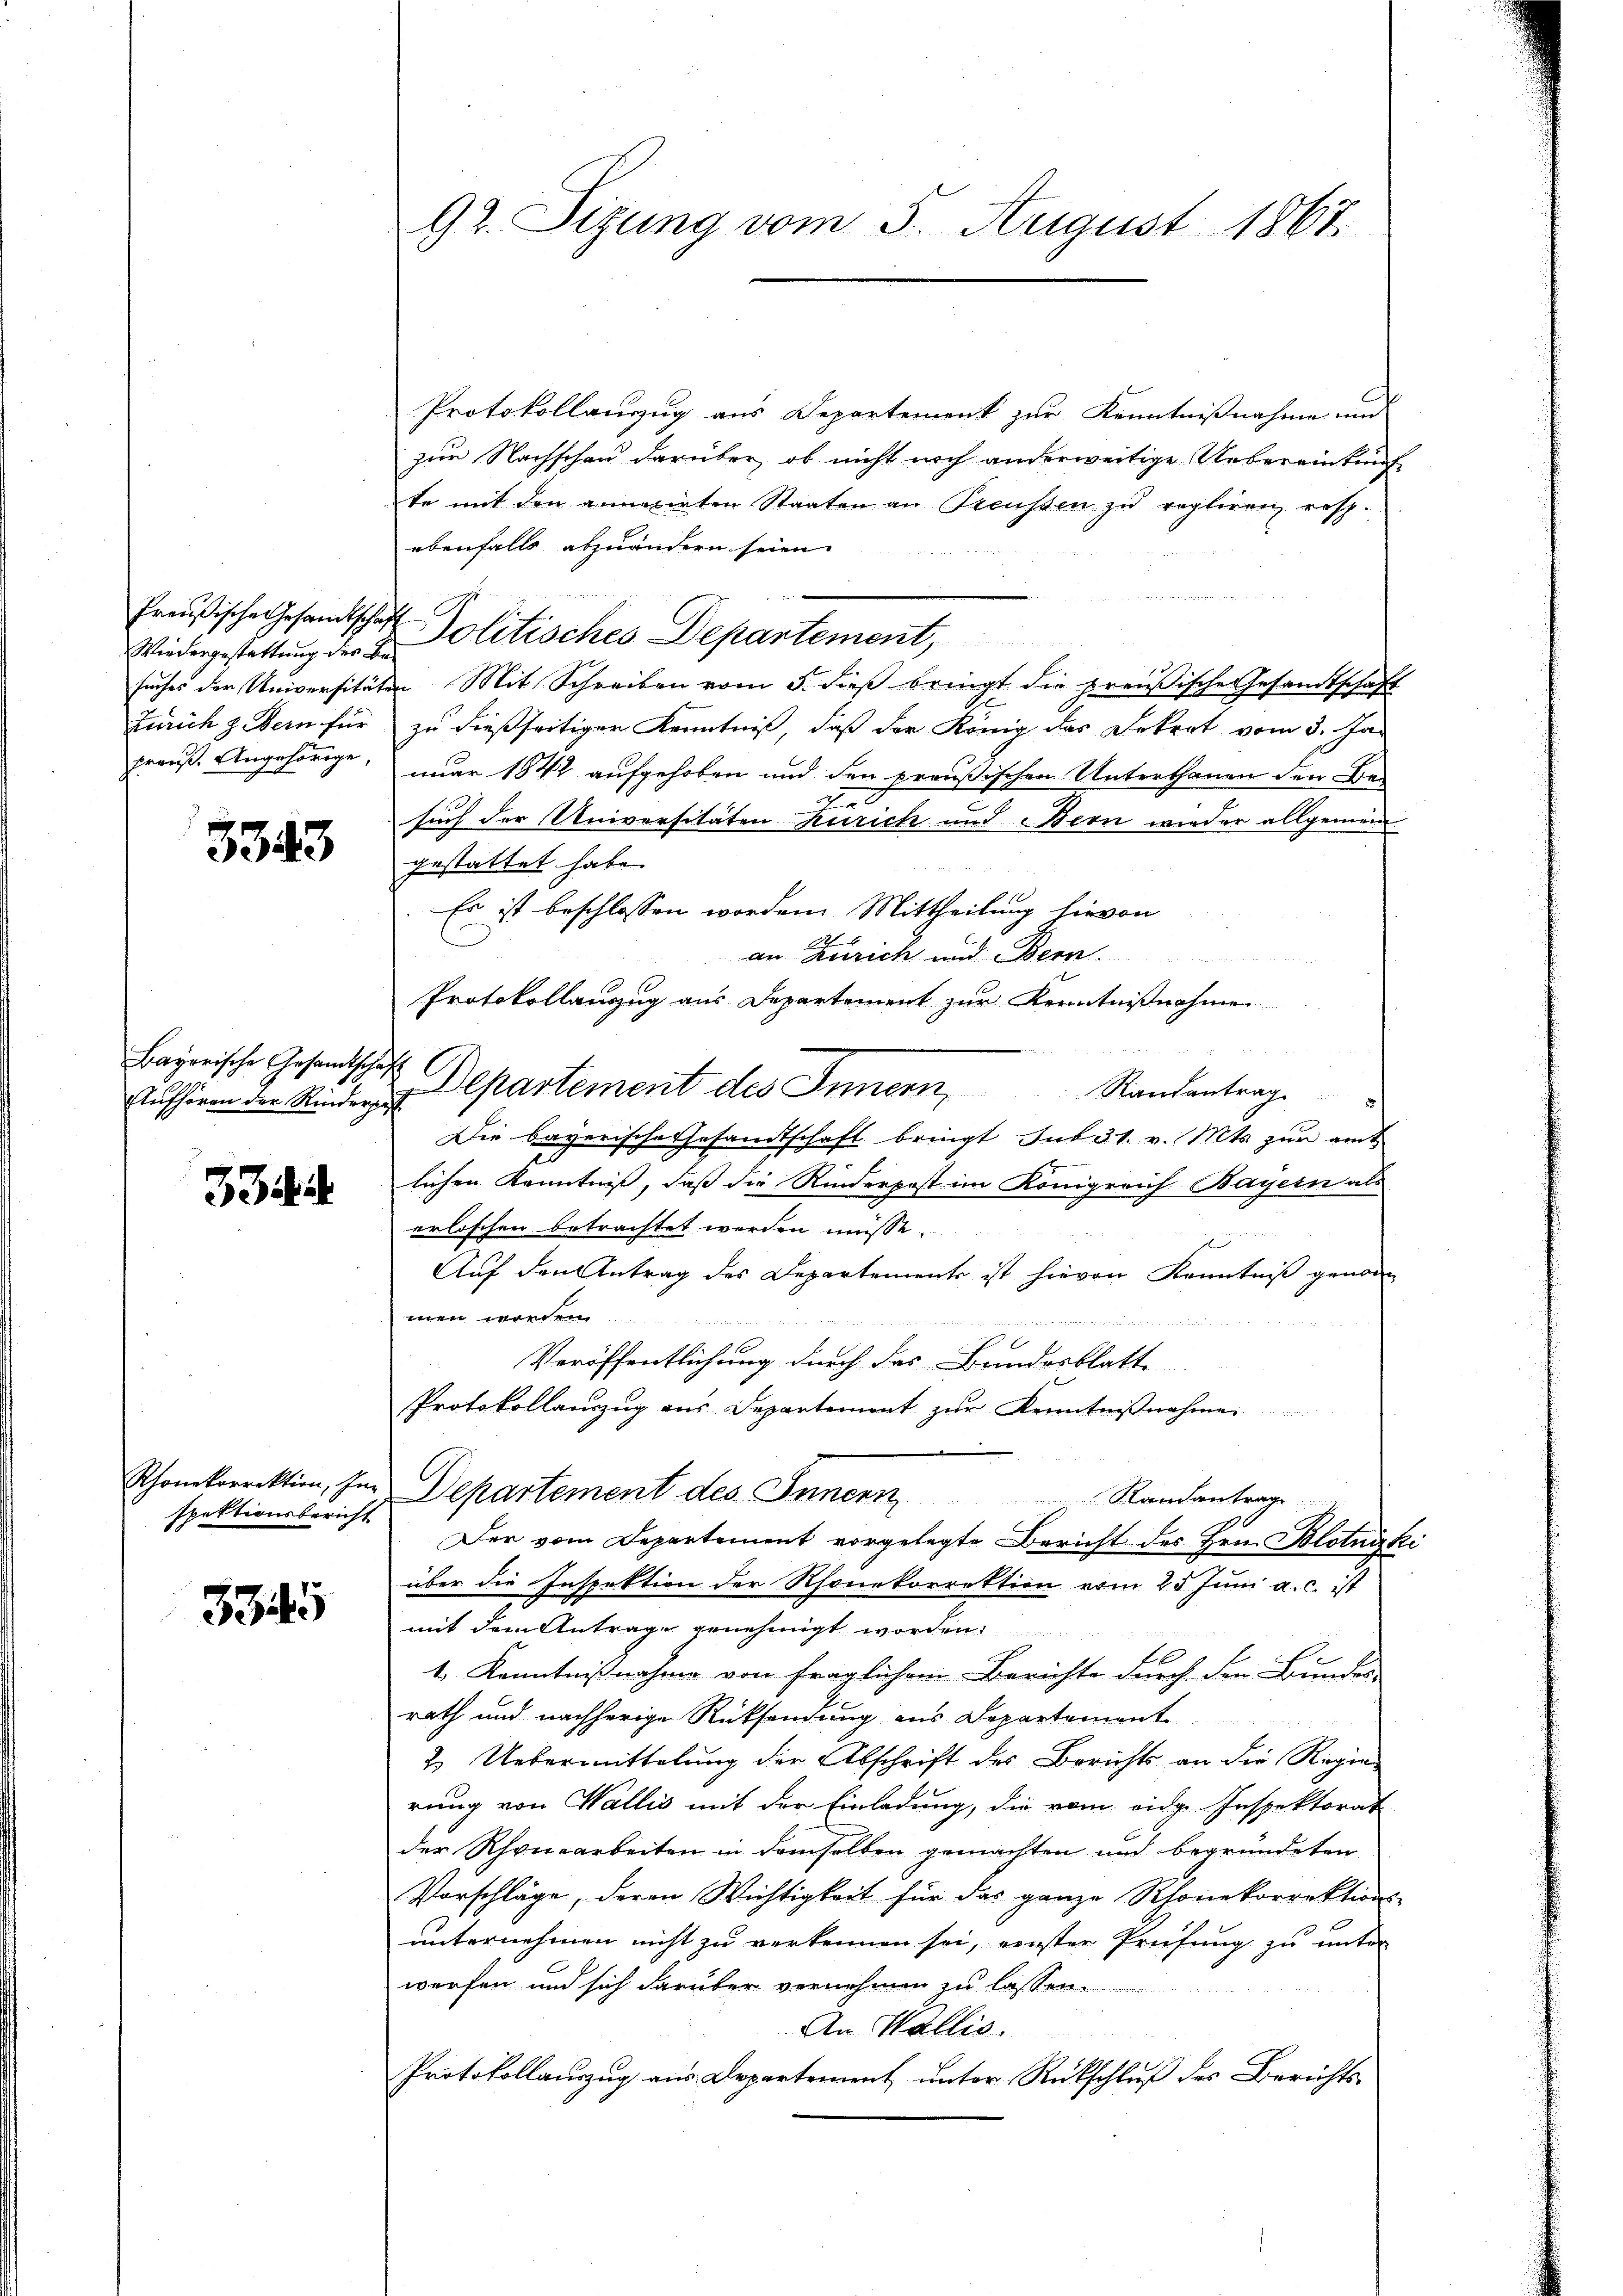
Wiedergestattung des Be¬
Frauß Angehörige

3343

Bayerische Gesandtschaft
Aufhören der Rinderpest

334

spektionsbericht

3345

92. Sizung vom 5. August 1867

Protokollanzug aus Departement zur Kenntnißnahme und
zur Nachschau darüber, ob nicht noch anderweitige Uebereinkunf
te mit den annexirten Staaten an Preussen zŭ regliren, resp.
ebenfalls abzuändern seien.
n
Preußische Gesandtschaft Politisches Departement,
suches der Universitäten Mit Schreiben vom 5. dieß bringt die preußische Gesandtschaft
Zürich z. Bern für zu dießseitiger Kenntniß, daß der König des Dekret vom 3. Jan
nuar 1844 aufgehoben und den preußischen Unterthanen den Be¬
2
such der Universitäten Zürich und Bern wieder allgemein
gestattet habe.
Es ist beschlossen worden. Mittheilung hievon

an. Zürich und Bern
Protokollauszug aus Departement zur Kenntnißnahme
Departement des Innern Randantrage
Die bayerische Gesandtschaft bringt. sub 31. v. Mts zur amt
lichen Kenntniß, daß die Rinderpest im Königreich Bayern als
erloschen betrachtet werden müsse.
J
Auf den Antrag des Departements ist hievon Kenntniß genom
men worden.

Veröffentlichung durch das Bundesblatt
Protokollauszug aus Departement zur Kenntnißnahmen
Schonkorrektion, zur Departement des Innern, Randantrage
Der vom Departement vorgelegte Bericht des Hrn. Blotnäke
über die Inspektion der Rhonekorrektion vom 25. Juni a. c. ist
mit dem Antrage genehmigt worden.
1. Kenntnißnahme von fraglichem Berichte durch den Bundes-
rath und nachherige Rücksendung aus Departement
2. Uebermittelung der Abschrift des Berichts an die Regierung von Wallis mit der Einladung, die vom eidg. Inspektorat
der Rhousarbeiten in demselben gemachten und begründeten
Vorschläge, deren Wichtigkeit für das ganze Rhonekorrektions-
unternehmen nicht zu verkennen sei, erster Prüfung zu unter
werfen und sich darüber vernehmen zu lassen.
An Wallis.
Protokollauszug aus Departement unter Rückschluß des Berichts-